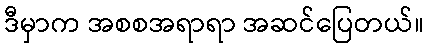
ဒီမှာက အစစအရာရာ အဆင်ပြေတယ်။